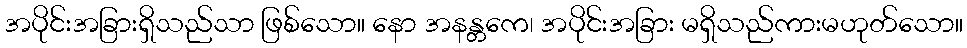
အပိုင်းအခြားရှိသည်သာ ဖြစ်သော။ နော အနန္တကေ၊ အပိုင်းအခြား မရှိသည်ကားမဟုတ်သော။